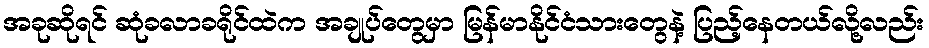
အခုဆိုရင် ဆုံခလာခရိုင်ထဲက အချုပ်တွေမှာ မြန်မာနိုင်ငံသားတွေနဲ့ ပြည့်နေတယ်လို့လည်း